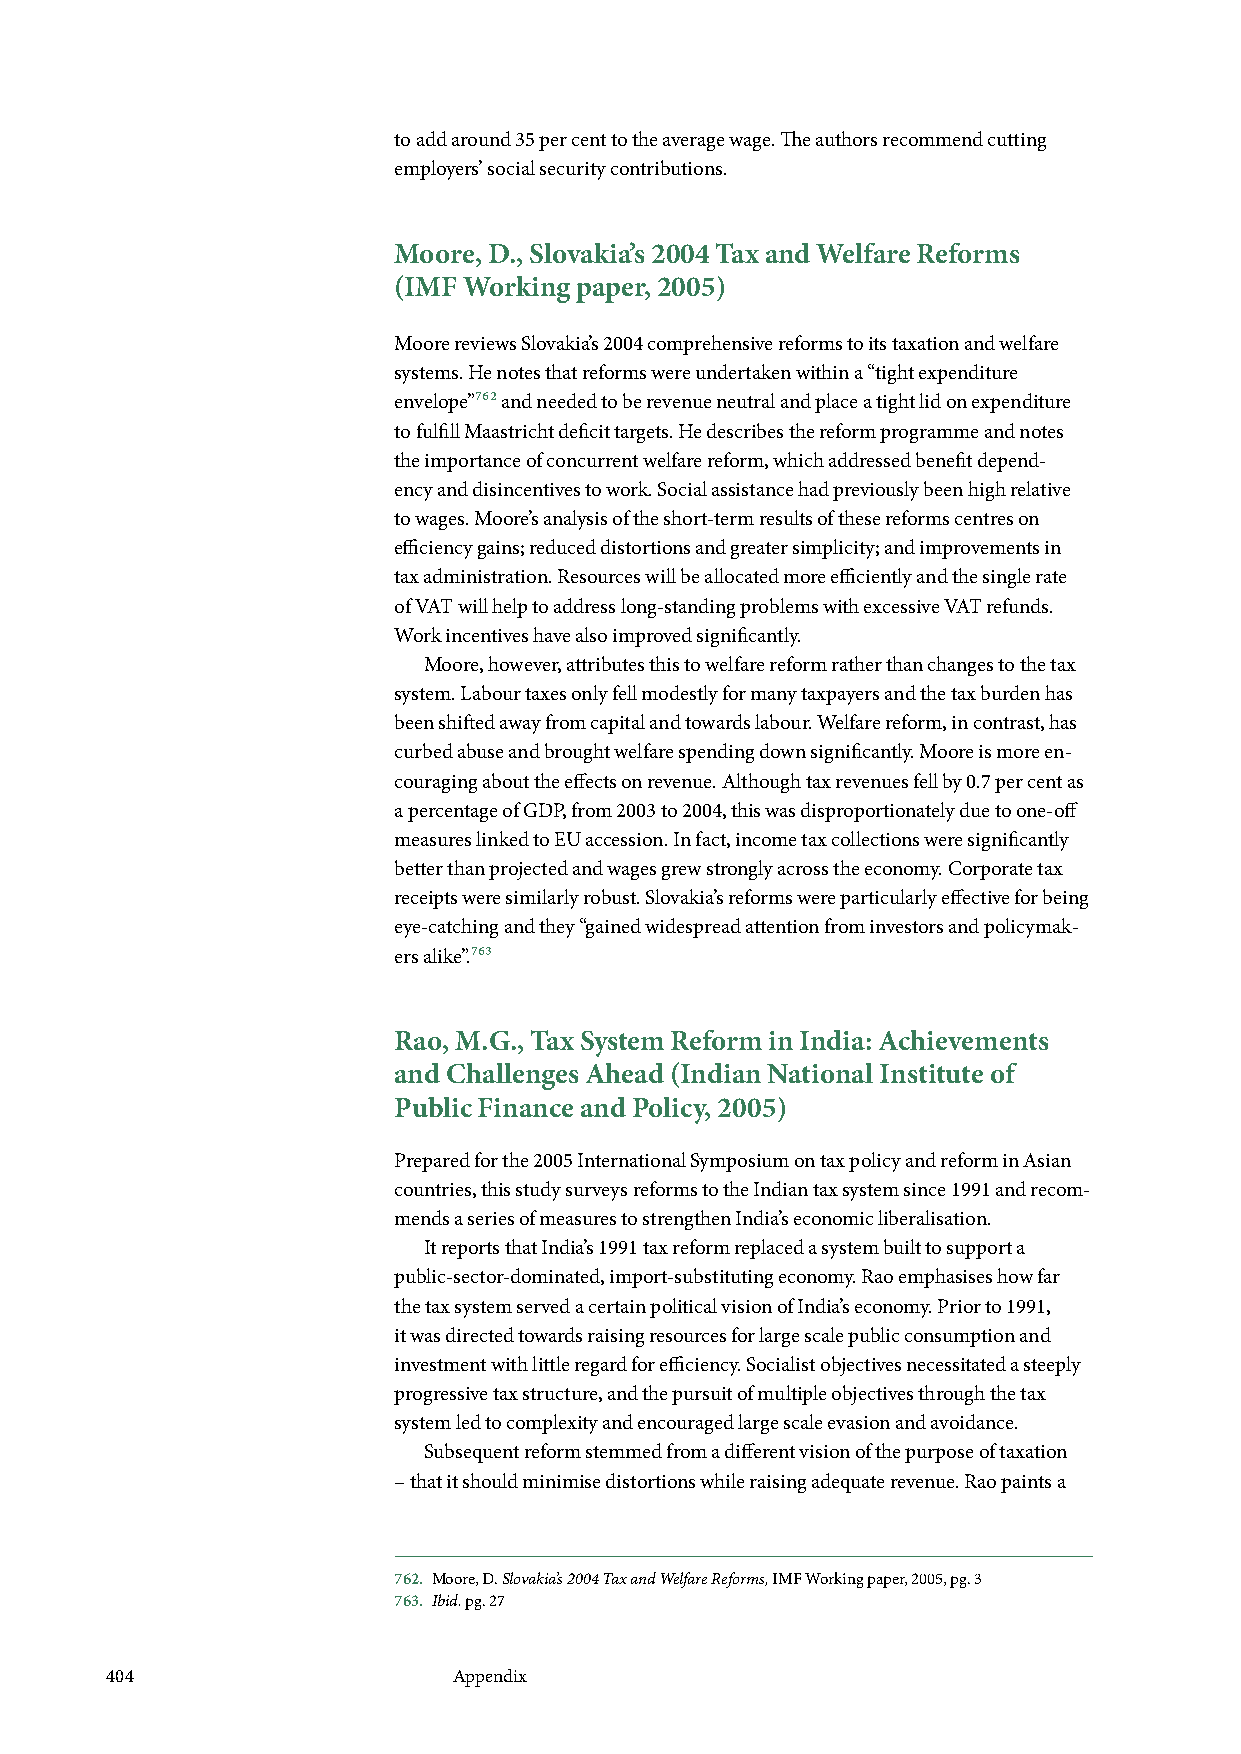
to add around 35 per cent to the average wage. The authors recommend cutting
 employers’ social security contributions.
 Moore, D., Slovakia’s 2004 Tax and Welfare Reforms
 (IMF Working paper, 2005)
 Moore reviews Slovakia’s 2004 comprehensive reforms to its taxation and welfare
 systems. He notes that reforms were undertaken within a “tight expenditure
 envelope”762 and needed to be revenue neutral and place a tight lid on expenditure
 to fulfill Maastricht deficit targets. He describes the reform programme and notes
 the importance of concurrent welfare reform, which addressed benefit depend-
 ency and disincentives to work. Social assistance had previously been high relative
 to wages. Moore’s analysis of the short-term results of these reforms centres on
 efficiency gains; reduced distortions and greater simplicity; and improvements in
 tax administration. Resources will be allocated more efficiently and the single rate
 of VAT will help to address long-standing problems with excessive VAT refunds.
 Work incentives have also improved significantly.
 Moore, however, attributes this to welfare reform rather than changes to the tax
 system. Labour taxes only fell modestly for many taxpayers and the tax burden has
 been shifted away from capital and towards labour. Welfare reform, in contrast, has
 curbed abuse and brought welfare spending down significantly. Moore is more en-
 couraging about the effects on revenue. Although tax revenues fell by 0.7 per cent as
 a percentage of GDP, from 2003 to 2004, this was disproportionately due to one-off
 measures linked to EU accession. In fact, income tax collections were significantly
 better than projected and wages grew strongly across the economy. Corporate tax
 receipts were similarly robust. Slovakia’s reforms were particularly effective for being
 eye-catching and they “gained widespread attention from investors and policymak-
 ers alike”.763
 Rao, M.G., Tax System Reform in India: Achievements
 and Challenges Ahead (Indian National Institute of
 Public Finance and Policy, 2005)
 Prepared for the 2005 International Symposium on tax policy and reform in Asian
 countries, this study surveys reforms to the Indian tax system since 1991 and recom-
 mends a series of measures to strengthen India’s economic liberalisation.
 It reports that India’s 1991 tax reform replaced a system built to support a
 public-sector-dominated, import-substituting economy. Rao emphasises how far
 the tax system served a certain political vision of India’s economy. Prior to 1991,
 it was directed towards raising resources for large scale public consumption and
 investment with little regard for efficiency. Socialist objectives necessitated a steeply
 progressive tax structure, and the pursuit of multiple objectives through the tax
 system led to complexity and encouraged large scale evasion and avoidance.
 Subsequent reform stemmed from a different vision of the purpose of taxation
 – that it should minimise distortions while raising adequate revenue. Rao paints a
 762. Moore, D. Slovakia’s 2004 Tax and Welfare Reforms, IMF Working paper, 2005, pg. 3
 763. Ibid. pg. 27
 404                    Appendix